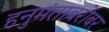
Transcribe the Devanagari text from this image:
हनुमंताबरोबर